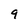
Character: 9